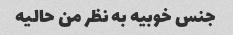
جنس خوبیه به نظر من حالیه